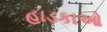
હાડકાઓ